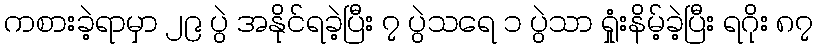
ကစားခဲ့ရာမှာ ၂၉ ပွဲ အနိုင်ရခဲ့ပြီး ၇ ပွဲသရေ ၁ ပွဲသာ ရှုံးနိမ့်ခဲ့ပြီး ရဂိုး ၈၇